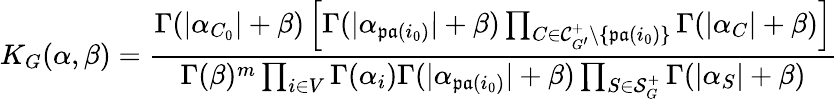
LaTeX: K_{G}(\alpha,\beta)=\frac{\Gamma(|\alpha_{C_{0}}|+\beta)\left[\Gamma(|\alpha_{\mathfrak{pa}(i_{0})}|+\beta)\prod_{C\in\mathcal{C}_{G^{\prime}}^{+}\setminus\{ \mathfrak{pa}(i_{0})\} }\Gamma(|\alpha_{C}|+\beta)\right]}{\Gamma(\beta)^{m}\prod_{i\in V}\Gamma(\alpha_{i})\Gamma(|\alpha_{\mathfrak{pa}(i_{0})}|+\beta)\prod_{S\in\mathcal{S}_{G}^{+}}\Gamma(|\alpha_{S}|+\beta)}